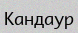
Кандаур